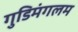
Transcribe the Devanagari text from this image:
गुडिमंगलम